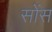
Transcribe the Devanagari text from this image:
सोंस